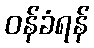
ဝန်ခံရန်